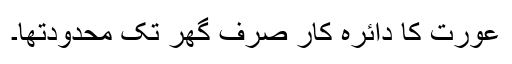
عورت کا دائرہ کار صرف گھر تک محدودتھا۔